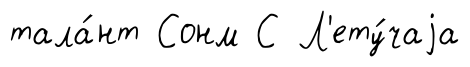
тала́нт Сонм С Л'ету́чаjа